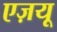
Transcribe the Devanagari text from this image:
एज़यू